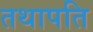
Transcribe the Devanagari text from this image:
तथापति